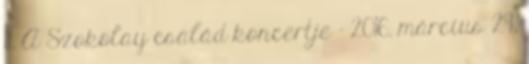
11. A Szokolay család koncertje – 2016. március 29.